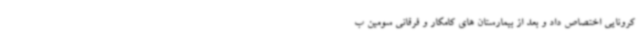
کرونایی اختصاص داد و بعد از بیمارستان های کامکار و فرقانی سومین ب